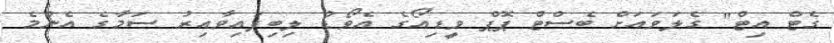
ގެޓް އިޓް" ގެލަވައަށް ބެސްޓް ޕޮޕް ވީޑިއޯގެ އެވޯޑު ލިބިފައިވާއިރު ސަމާގެ އެންމެ